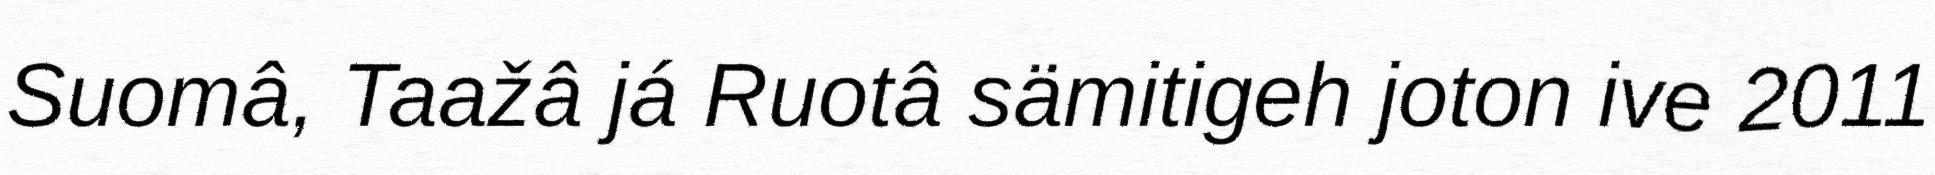
Suomâ, Taažâ já Ruotâ sämitigeh joton ive 2011